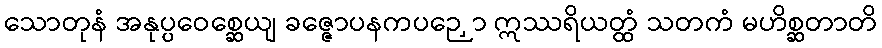
သောတုနံ အနုပ္ပဝေစ္ဆေယျ ခဇ္ဇောပနကပဉှော ဣဿရိယတ္ထံ သတကံ မဟိစ္ဆတာတိ